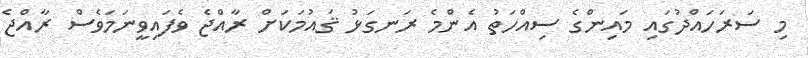
މި ސަރަހައްދުގައި މައިންގެ ސިއްހަތު އެންމެ ރަނގަޅު ޤައުމަކަށް ރާއްޖެ ވެފައިވީނަމަވެސް ރާއްޖެ